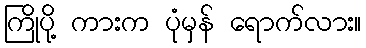
ကြိုပို့ ကားက ပုံမှန် ရောက်လား။